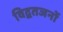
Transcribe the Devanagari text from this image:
विद्वतजनों